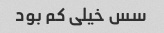
سس خیلی کم بود